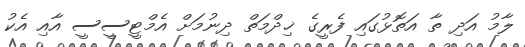
ލާމު އަދި ތާ އަތޮޅުގައި ފެރީގެ ޚިދްމަތް ދިނުމަށް އެމްޓީސީސީ އާއި އެކު